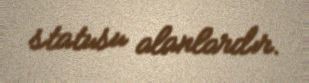
statusu alanlardır.